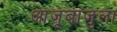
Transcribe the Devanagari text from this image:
आजूबाजुला